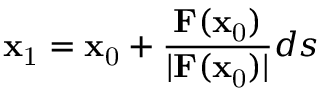
\mathbf { x } _ { \mathrm { 1 } } = \mathbf { x } _ { \mathrm { 0 } } + { \frac { \mathbf { F } ( \mathbf { x } _ { \mathrm { 0 } } ) } { | \mathbf { F } ( \mathbf { x } _ { \mathrm { 0 } } ) | } } d s